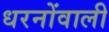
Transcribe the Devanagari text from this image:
धरनोंवाली